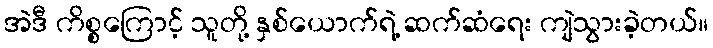
အဲဒီ ကိစ္စကြောင့် သူတို့ နှစ်ယောက်ရဲ့ ဆက်ဆံရေး ကျဲသွားခဲ့တယ်။